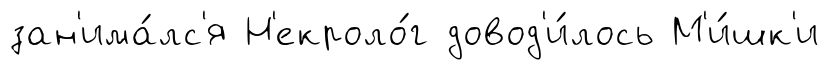
зан'има́лс'я Н'екроло́г довод'и́лось М'и́шк'и